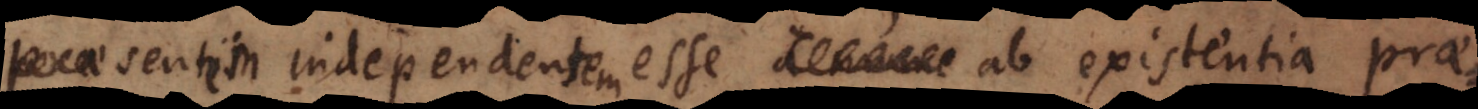
praesentem independentem esse ab existentia prae